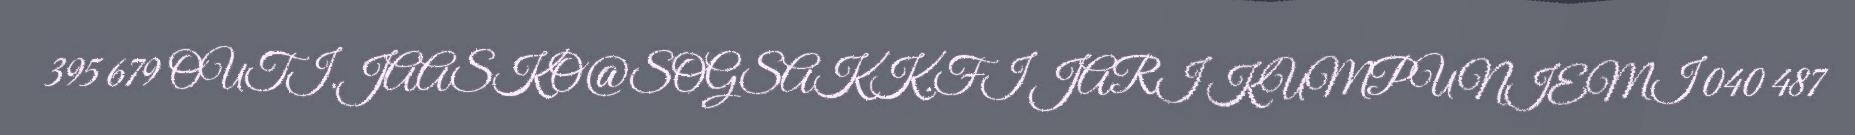
395 679 OUTI.JAASKO@SOGSAKK.FI JARI KUMPUNIEMI 040 487